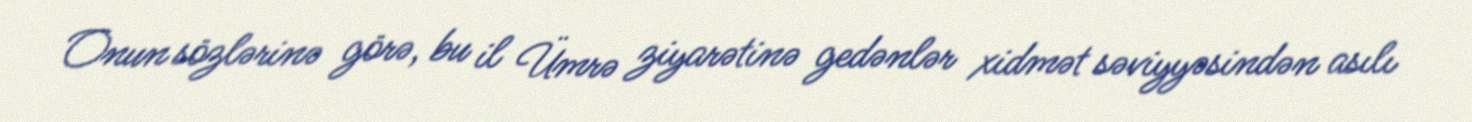
Onun sözlərinə görə, bu il Ümrə ziyarətinə gedənlər xidmət səviyyəsindən asılı